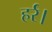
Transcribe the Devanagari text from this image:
हर्र।